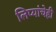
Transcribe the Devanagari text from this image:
लिप्यांचेही